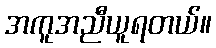
အကူအညီယူရတယ်။